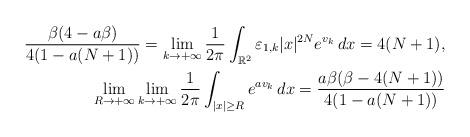
LaTeX: \begin{align*} \frac{\beta(4- a \beta)}{4(1-a(N+1))} = \lim_{k\to+\infty} \frac{1}{2\pi} \int_{\mathbb{R}^2} \varepsilon_{1,k} |x|^{2N} e^{v_k} \, dx=4(N+1),\\ \lim_{R \to +\infty} \lim_{k \to +\infty} \frac{1}{2\pi} \int_{\vert x \vert \geq R} e^{a v_k} \, dx = \frac{a \beta(\beta-4(N+1))}{4(1-a(N+1))}\end{align*}